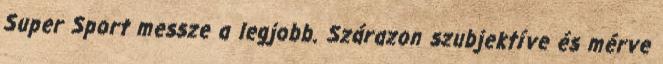
Super Sport messze a legjobb. Szárazon szubjektíve és mérve